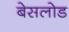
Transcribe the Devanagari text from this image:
बेसलोड